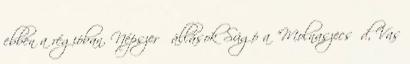
ebben a régióban. Népszerű állások Súgó a "Molnaszecsőd, Vas